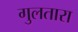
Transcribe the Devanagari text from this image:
गुलतारा